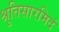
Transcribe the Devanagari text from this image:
श्रुतिसारमिदं